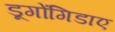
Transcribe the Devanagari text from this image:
डूगोंगिडाए